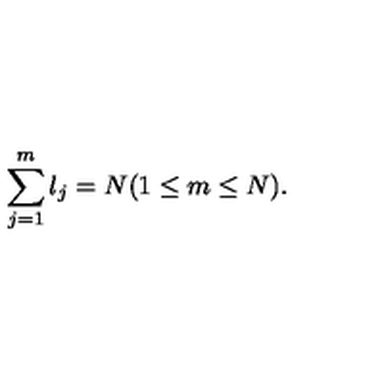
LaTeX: \sum _ { j = 1 } ^ { m } l _ { j } = N ( 1 \leq m \leq N ) .